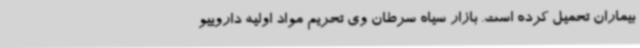
بیماران تحمیل کرده است. بازار سیاه سرطان وی تحریم مواد اولیه داروییو